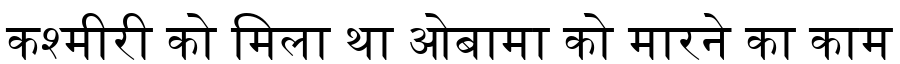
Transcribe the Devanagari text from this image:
कश्मीरी को मिला था ओबामा को मारने का काम